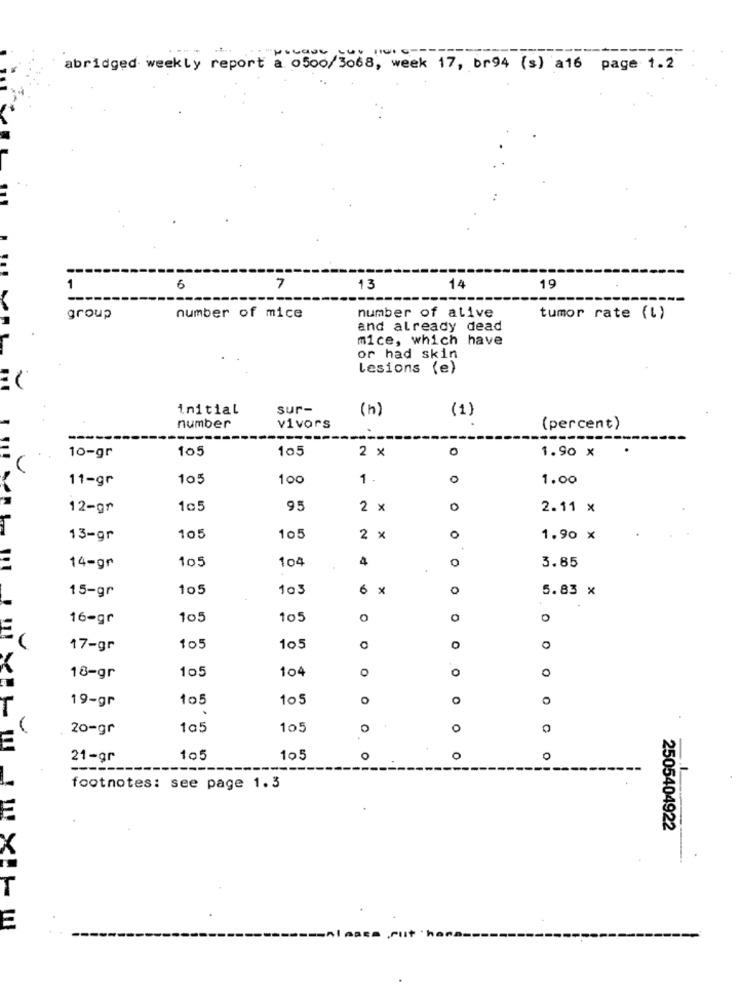
- -
abridged weekly report a 0500/3068, week 17, br94 (s) a16 page 1.2
1
6
7
13
14
19
number of alive
group
number of mice
tumor rate (l)
and already dead
mice, which have
or had skin
Lesions (e)
initial
sur-
(h)
(1)
number
vivors
(percent)
----
105
105
2 x
0
1.90 x
10-gr
11-gr
105
100
1
1.00
12-gr
1c5
95
2 x
0
2.11 x
0
13-gr
105
105
2 x
1.90 x
105
104
4
0
3.85
14-gr
15-gr
105
103
6 X
x
0
5.83 x
16-gr
105
105
O
0
17-gr
105
105
104
O
0
O
18-gr
105
19-gr
105
105
O
O
20-gr
1a5
105
0
0
21-gr
105
105
O
O
0
---.
footnotes: see page 1.3
2505404922